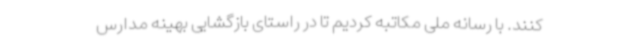
کنند. با رسانه ملی مکاتبه کردیم تا در راستای بازگشایی بهینه مدارس